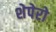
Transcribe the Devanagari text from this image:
शेपेरो